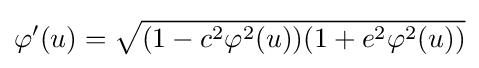
\varphi '(u)={\sqrt {(1-c^{2}\varphi ^{2}(u))(1+e^{2}\varphi ^{2}(u))}}